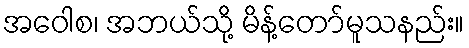
အဝေါစ၊ အဘယ်သို့ မိန့်တော်မူသနည်း။